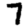
Digit: 7